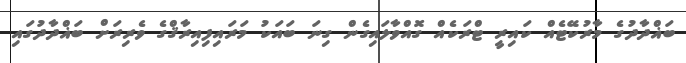
ބަޣްދާދުގެ މާރުކޭޓެއް ކައިރީ ޓްރަކެއް ގޮއްވާލައިގެން ގިނަ ބައަކު މަރައިފިއިރާޤްގެ ވެރިރަށް ބަޣްދާދުގައި